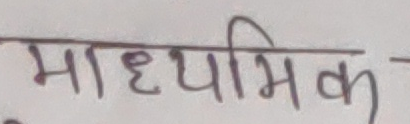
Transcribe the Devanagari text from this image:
माध्यमिक